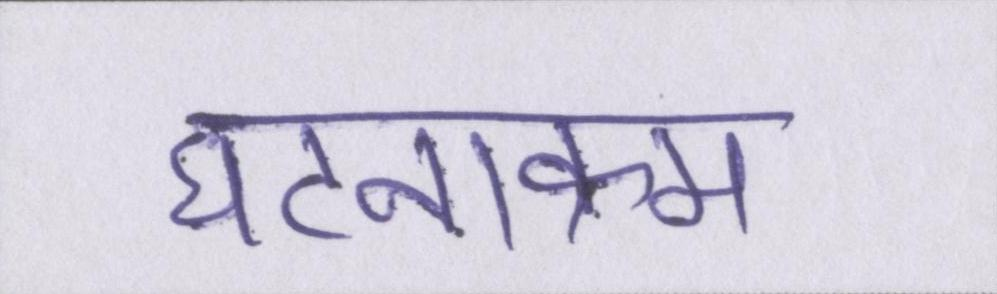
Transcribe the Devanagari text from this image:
घटनाक्रम